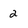
Character: 2